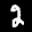
Label: 2